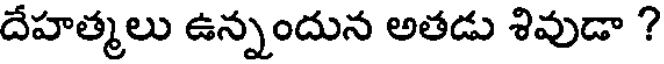
దేహత్మలు ఉన్నందున అతడు శివుడా ?